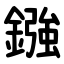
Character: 鏹